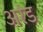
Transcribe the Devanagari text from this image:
अरंड